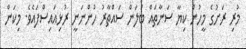
މުރި ރަށުގެ މީހުން ކިޔާ ސަނާތައް ބަލަން ސައްތާރު ހުންނަނީ ރުޅިއައިސްފައެވެ. މިކަން